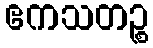
ဧကသတဉ္စ